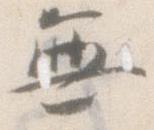
無